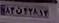
۸۳ن۴۳۸۱۳